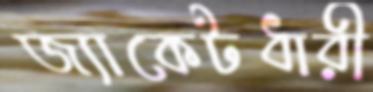
জ্যাকেটধারী